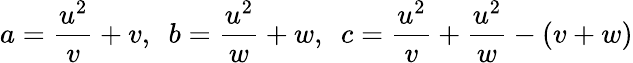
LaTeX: a={\frac{u^{2}}{v}}+v,\ \ b={\frac{u^{2}}{w}}+w,\ \ c={\frac{u^{2}}{v}}+{\frac{u^{2}}{w}}-(v+w)